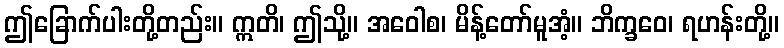
ဤခြောက်ပါးတို့တည်း။ ဣတိ၊ ဤသို့။ အဝေါစ၊ မိန့်တော်မူအံ့။ ဘိက္ခဝေ၊ ရဟန်းတို့။